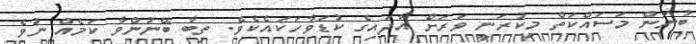
ބުނަން މަސައްކަތް މިކުރަނީ ވަރަށް އާދައިގެ ކުޑަވާހަކައެކެވެ. ތިބާ ބޭނުންވާ ކަމެއް ނުވެ